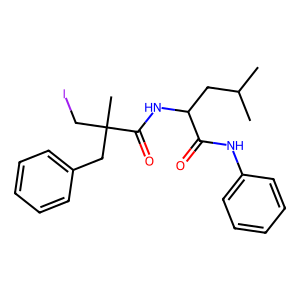
SMILES: CC(C)CC(NC(=O)C(C)(CI)Cc1ccccc1)C(=O)Nc1ccccc1
Inhibits HIV replication: No